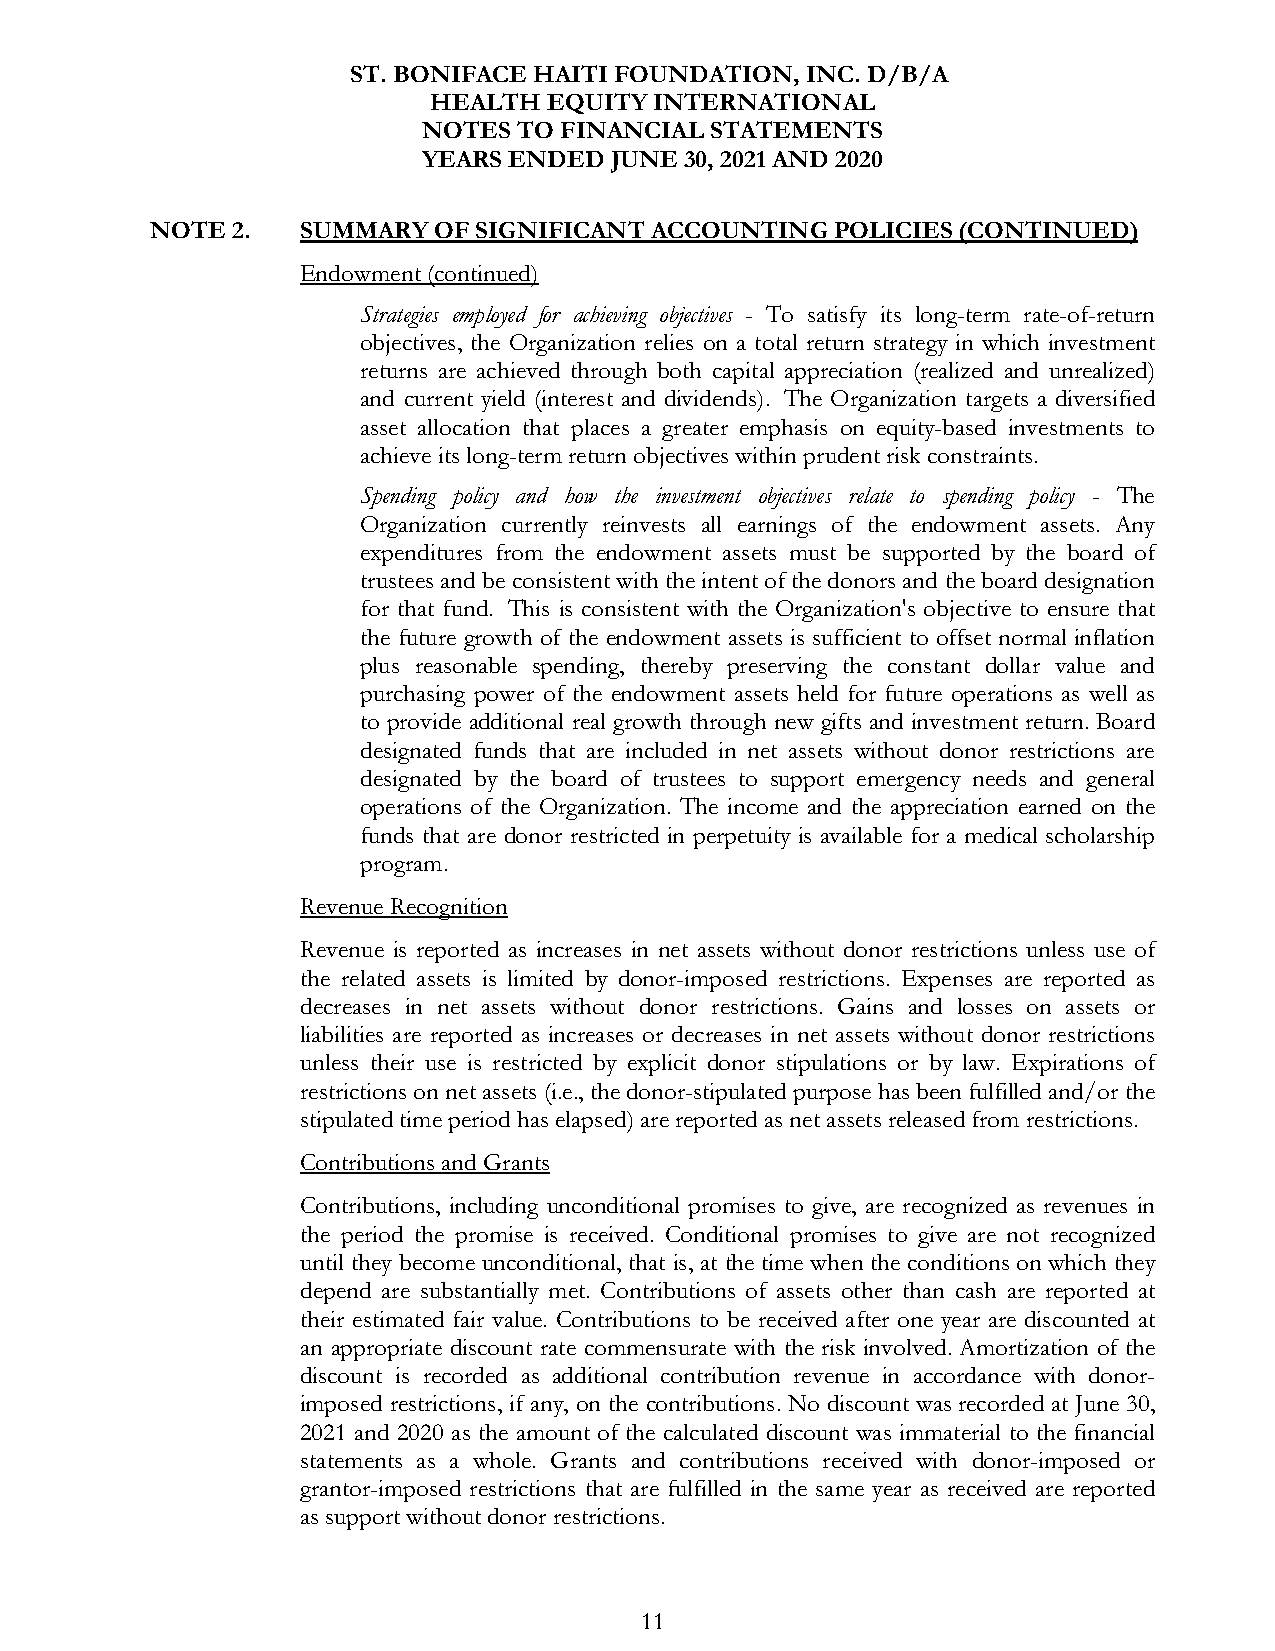
ST. BONIFACE HAITI FOUNDATION, INC. D/B/A
 HEALTH  EQUITY INTERNATIONAL
 NOTES TO FINANCIAL STATEMENTS
 YEARS ENDED JUNE 30, 2021 AND 2020
 NOTE 2.   SUMMARY  OF SIGNIFICANT ACCOUNTING POLICIES (CONTINUED)
 Endowment (continued)
 Strategies employed for achieving objectives - To satisfy its long-term rate-of-return
 objectives, the Organization relies on a total return strategy in which investment
 returns are achieved through both capital appreciation (realized and unrealized)
 and current yield (interest and dividends). The Organization targets a diversified
 asset allocation that places a greater emphasis on equity-based investments to
 achieve its long-term return objectives within prudent risk constraints.
 Spending policy and how the investment objectives relate to spending policy - The
 Organization currently reinvests all earnings of the endowment assets. Any
 expenditures from the endowment assets must be supported by the board of
 trustees and be consistent with the intent of the donors and the board designation
 for that fund. This is consistent with the Organization's objective to ensure that
 the future growth of the endowment assets is sufficient to offset normal inflation
 plus reasonable spending, thereby preserving the constant dollar value and
 purchasing power of the endowment assets held for future operations as well as
 to provide additional real growth through new gifts and investment return. Board
 designated funds that are included in net assets without donor restrictions are
 designated by the board of trustees to support emergency needs and general
 operations of the Organization. The income and the appreciation earned on the
 funds that are donor restricted in perpetuity is available for a medical scholarship
 program.
 Revenue Recognition
 Revenue is reported as increases in net assets without donor restrictions unless use of
 the related assets is limited by donor-imposed restrictions. Expenses are reported as
 decreases in net assets without donor restrictions. Gains and losses on assets or
 liabilities are reported as increases or decreases in net assets without donor restrictions
 unless their use is restricted by explicit donor stipulations or by law. Expirations of
 restrictions on net assets (i.e., the donor-stipulated purpose has been fulfilled and/or the
 stipulated time period has elapsed) are reported as net assets released from restrictions.
 Contributions and Grants
 Contributions, including unconditional promises to give, are recognized as revenues in
 the period the promise is received. Conditional promises to give are not recognized
 until they become unconditional, that is, at the time when the conditions on which they
 depend are substantially met. Contributions of assets other than cash are reported at
 their estimated fair value. Contributions to be received after one year are discounted at
 an appropriate discount rate commensurate with the risk involved. Amortization of the
 discount is recorded as additional contribution revenue in accordance with donor-
 imposed restrictions, if any, on the contributions. No discount was recorded at June 30,
 2021 and 2020 as the amount of the calculated discount was immaterial to the financial
 statements as a whole. Grants and contributions received with donor-imposed or
 grantor-imposed restrictions that are fulfilled in the same year as received are reported
 as support without donor restrictions.
 11